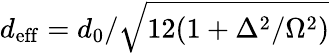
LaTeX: d_{\mathrm{eff}}=d_{0}/\sqrt{12(1+\Delta^{2}/\Omega^{2})}